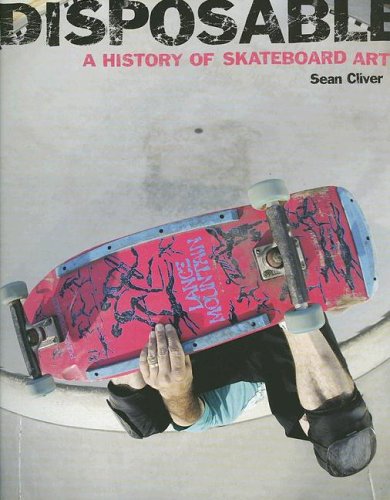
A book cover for Disposable: A History of Skateboard Art; Sean Cliver; Sports & Outdoors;